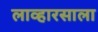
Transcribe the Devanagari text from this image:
लाव्हारसाला